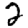
Digit: 2